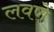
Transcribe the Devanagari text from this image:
लवणें